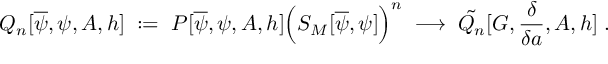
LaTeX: Q _ { n } [ \overline { { { \psi } } } , \psi , A , h ] \; : = \; P [ \overline { { { \psi } } } , \psi , A , h ] \Big ( S _ { M } [ \overline { { { \psi } } } , \psi ] \Big ) ^ { n } \; \longrightarrow \; \tilde { Q _ { n } } [ G , \frac { \delta } { \delta a } , A , h ] \; .